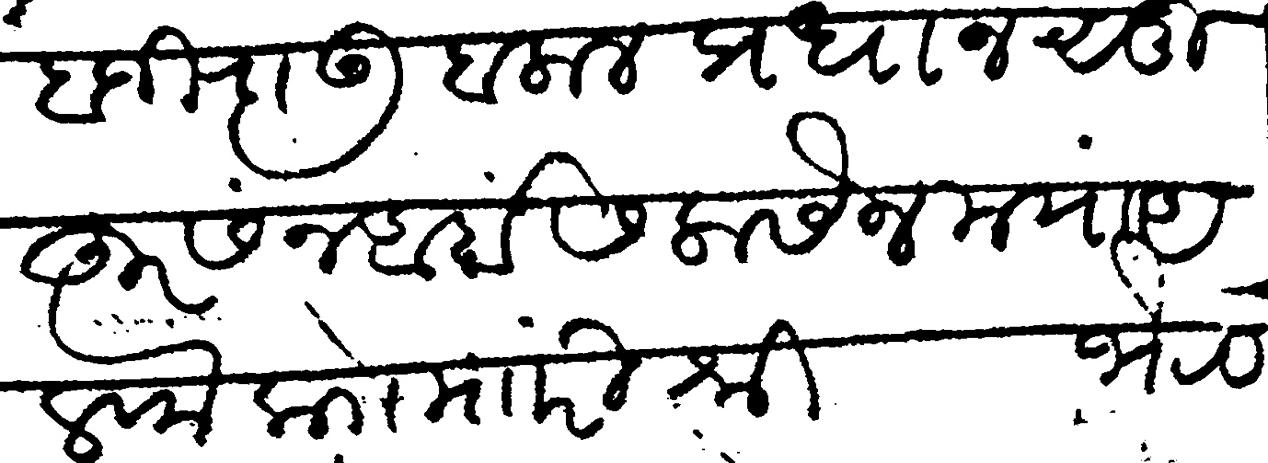
Transliteration (Devanagari): बाजीराऊ बलाल प्रधान सुहूर सन अर्बा सलासैन मया अलफ काो म री श्री भैरव